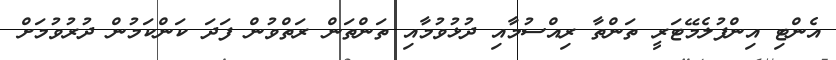
އެންޓި އިންފުލެމޭޓަރީ ތަންތާ ރިއްސުމާއި ދުޅުވުމާއި ތަންތަން ރަތްވުން ފަދަ ކަންކަމުން ދުރުވުމަށް